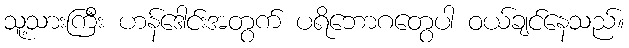
သူ့သားကြီး ဟန်ဒေါင်းအတွက် ပရိဘောဂတွေပါ ဝယ်ချင်နေသည်။